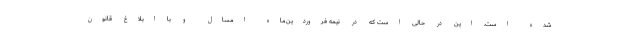
شده است. این در حالی است که در نیمه فروردین‌ماه امسال و با ابلاغ قانون